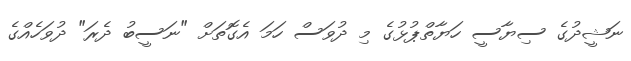
ނަޝީދުގެ ސިޔާސީ ހަޔާތްޕުޅުގެ މި ދުވަސް ހަމަ އެގޮތަށް "ނަސީބު ދެރަ" ދުވަހެއްގެ